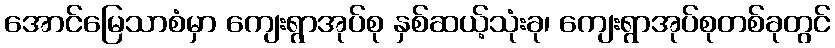
အောင်မြေသာစံမှာ ကျေးရွာအုပ်စု နှစ်ဆယ့်သုံးခု၊ ကျေးရွာအုပ်စုတစ်ခုတွင်